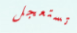
تستعجل